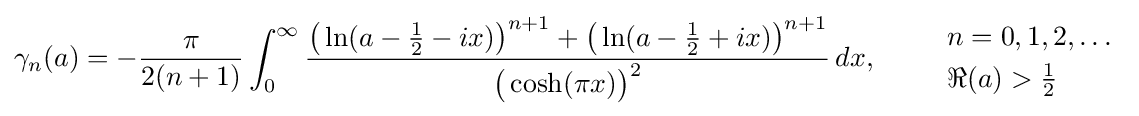
\gamma _{n}(a)=-{\frac {\pi }{2(n+1)}}\int _{0}^{\infty }{\frac {{\big (}\ln(a-{\frac {1}{2}}-ix){\big )}^{n+1}+{\big (}\ln(a-{\frac {1}{2}}+ix){\big )}^{n+1}}{{\big (}\cosh(\pi x){\big )}^{2}}}\,dx,\qquad {\begin{array}{l}n=0,1,2,\ldots \\[1mm]\Re (a)>{\frac {1}{2}}\end{array}}